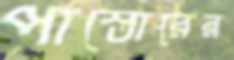
পাস্তোরের